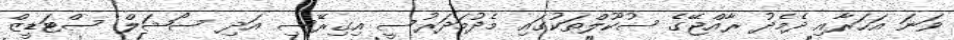
ވަނަ އަހަރާއި ދެމެދު ރާއްޖޭގެ ސުކޫލްތަކުގައި މެދުމަދަރުސީ އިގިރޭސި އަދި ސޯޝަލް ސްޓަޑީޒް